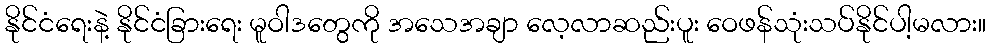
နိုင်ငံရေးနဲ့ နိုင်ငံခြားရေး မူဝါဒတွေကို အသေအချာ လေ့လာဆည်းပူး ဝေဖန်သုံးသပ်နိုင်ပါ့မလား။